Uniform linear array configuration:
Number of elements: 64
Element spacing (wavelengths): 0.25
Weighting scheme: uniform
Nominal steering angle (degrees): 45
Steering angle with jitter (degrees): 44.485
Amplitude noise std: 0.05
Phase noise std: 0.05

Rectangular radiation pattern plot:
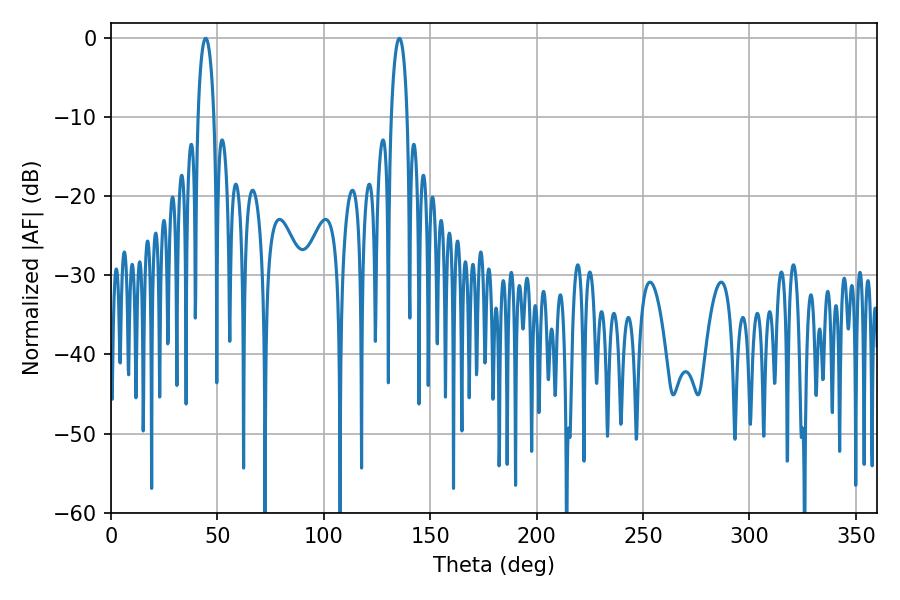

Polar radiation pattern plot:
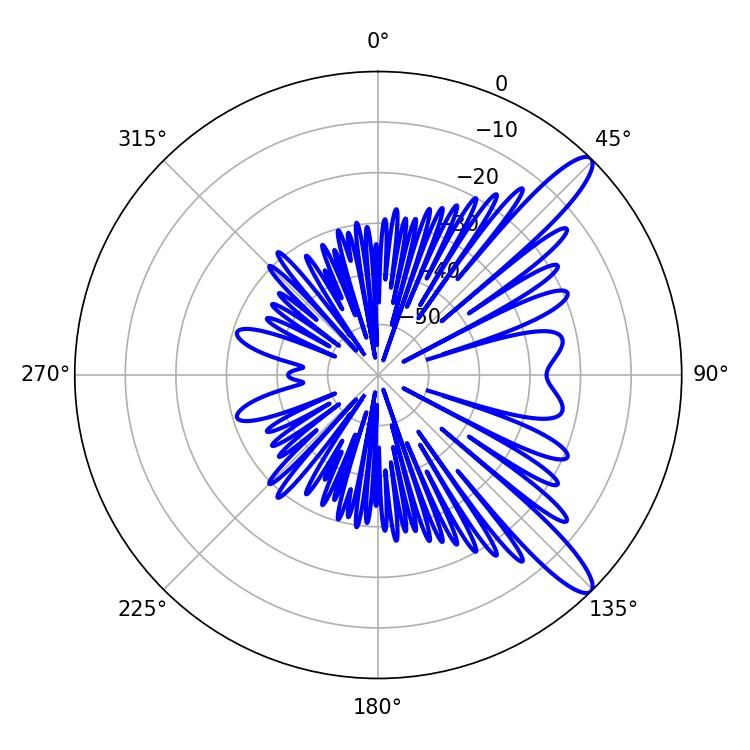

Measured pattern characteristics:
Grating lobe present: FALSE
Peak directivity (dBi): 12.104
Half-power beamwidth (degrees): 4.14
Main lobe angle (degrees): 44.46